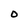
Character: O